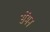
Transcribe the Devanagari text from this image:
सेंमन